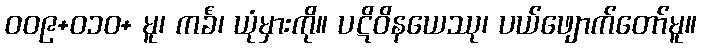
၀၀၉+၀၁၀+ မူ၊ ကင်္ခံ၊ ယုံမှားကို။ ပဋိဝိနယေဿု၊ ပယ်ဖျောက်တော်မူ။